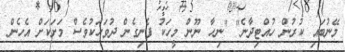
މޭނުބައި ކުރުން ހުއްޓިދާނެ" "ނިހާ ނޫން މީހަކު ފެނިގެން ދުވަހަކުވެސް މަށަކަށް އެހެން